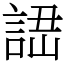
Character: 䛝